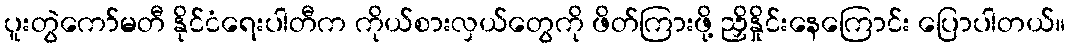
ပူးတွဲကော်မတီ နိုင်ငံရေးပါတီက ကိုယ်စားလှယ်တွေကို ဖိတ်ကြားဖို့ ညှိနှိုင်းနေကြောင်း ပြောပါတယ်။